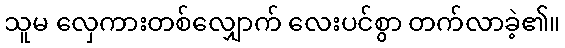
သူမ လှေကားတစ်လျှောက် လေးပင်စွာ တက်လာခဲ့၏။